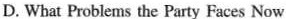
D. What Problems the Party Faces Now